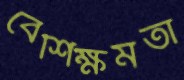
বেশিক্ষমতা